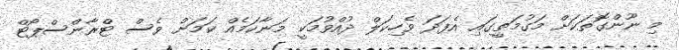
މި ނޫންގޮތަކަށް މަގުމަތީގައި އެފަދަ ވެހިކަލް ދުއްވުމަކީ މަނާކަމެއް ކަމަށް ވެސް ޓްރާންސްޕޯޓް